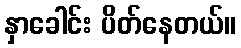
နှာခေါင်း ပိတ်နေတယ်။